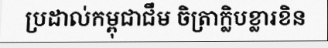
ប្រដាល់កម្ពុជាជឹម ចិត្រាក្លិបខ្លារខិន